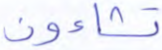
تشاءون